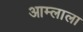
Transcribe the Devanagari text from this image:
आम्लाला